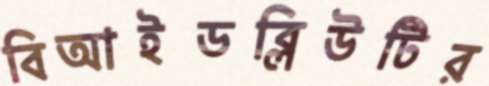
বিআইডব্লিউটির